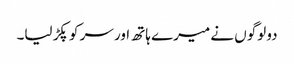
دو لوگوں نے میرے ہاتھ اور سر کو پکڑ لیا۔